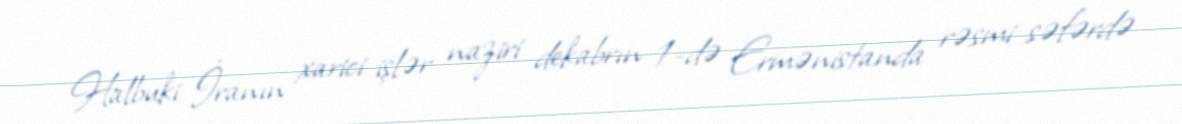
Halbuki İranın xarici işlər naziri dekabrın 1-də Ermənistanda rəsmi səfərdə